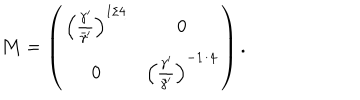
LaTeX: { \bf M } = \left( \begin{array} { c c } { { \left( { \frac { \gamma ^ { \prime } } { \bar { \gamma } ^ { \prime } } } \right) ^ { 1 / 4 } } } & { { 0 } } \\ { { 0 } } & { { \left( { \frac { \gamma ^ { \prime } } { \bar { \gamma } ^ { \prime } } } \right) ^ { - 1 / 4 } } } \\ \end{array} \right) .